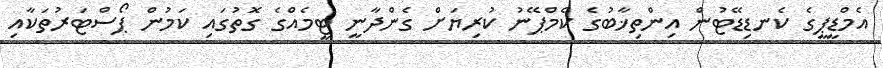
އެމްޑީޕީގެ ކެނޑިޑޭޓުން އިންތިޚާބުގެ ކެމްޕޭނު ކުރިޔަށް ގެންދާނީ ޓީމެއްގެ ގޮތުގައި ކަމުން ޕޯސްޓަރުތަކާއި